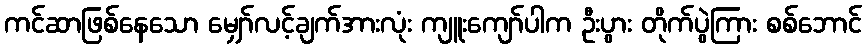
ကင်ဆာဖြစ်နေသော မျှော်လင့်ချက်အားလုံး ကျူးကျော်ပါက ဦးပွား တိုက်ပွဲကြား စစ်ဘောင်